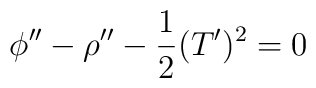
\phi'' -\rho'' -\frac{1}{2} (T')^2 =0